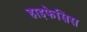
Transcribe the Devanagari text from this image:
हाइफेसिस